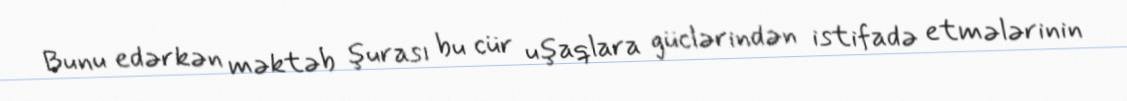
Bunu edərkən məktəb şurası bu cür uşaqlara güclərindən istifadə etmələrinin